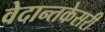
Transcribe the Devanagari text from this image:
वेदान्तकेसरी